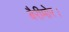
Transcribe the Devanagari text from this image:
बैरीमोर।